Annual administration report of the Civil Veterinary Department of India - 1894-1895
Year: 1894
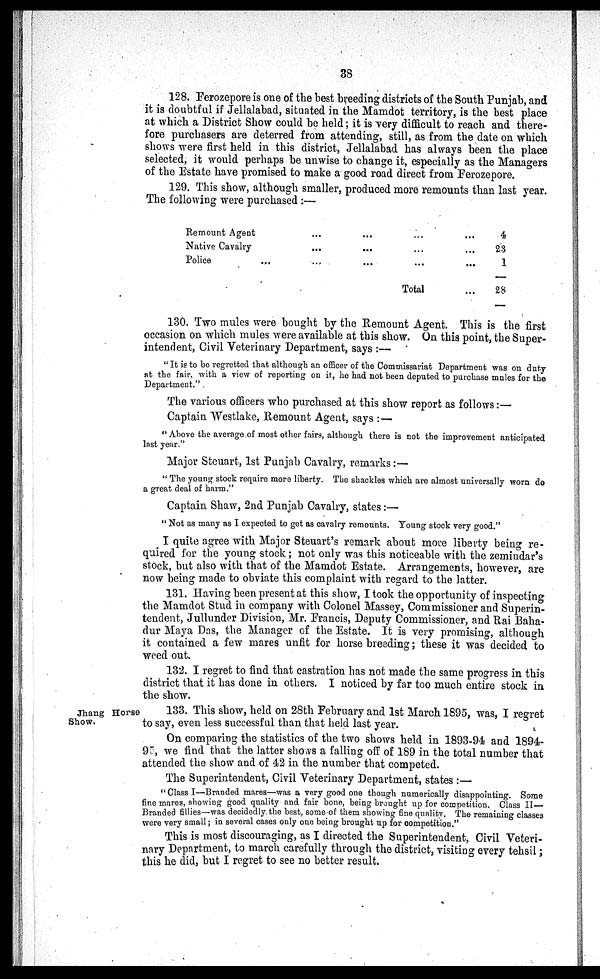
38
128. Ferozepore is one of the best breeding districts of the South Punjab, and
it is doubtful if Jellalabad, situated in the Mamdot territory, is the best place
at which a District Show could be held; it is very difficult to reach and there-
fore purchasers are deterred from attending, still, as from the date on which
shows were first held in this district, Jellalabad has always been the place
selected, it would perhaps be unwise to change it, especially as the Managers
of the Estate have promised to make a good road direct from Ferozepore.
129. This show, although smaller, produced more remounts than last year.
The following were purchased :—
Remount Agent
...
...
...
...
Native Cavalry
...
...
...
...
Police ...
...
...
...
...
Total
...
4
23
1
28
130. Two mules were bought by the Remount Agent. This is the first
occasion on which mules were available at this show. On this point, the Super-
intendent, Civil Veterinary Department, says :—
"It is to be regretted that although an officer of the Commissariat Department was on duty
at the fair, with a view of reporting on it, he had not been deputed to purchase mules for the
Department."
The various officers who purchased at this show report as follows :—
Captain Westlake, Remount Agent, says : —
"Above the average of most other fairs, although there is not the improvement anticipated
last year."
Major Steuart, 1st Punjab Cavalry, remarks :—
"The young stock require more liberty. The shackles which are almost universally worn do
a great deal of harm."
Captain Shaw, 2nd Punjab Cavalry, states:—
" Not as many as I expected to get as cavalry remounts. Young stock very good."
I quite agree with Major Steuart's remark about more liberty being re-
quired for the young stock; not only was this noticeable with the zemindar's
stock, but also with that of the Mamdot Estate. Arrangements, however, are
now being made to obviate this complaint with regard to the latter.
131. Having been present at this show, I took the opportunity of inspecting
the Mamdot Stud in company with Colonel Massey, Commissioner and Superin-
tendent, Jullunder Division, Mr. Francis, Deputy Commissioner, and Rai Baha-
dur Maya Das, the Manager of the Estate. It is very promising, although
it contained a few mares unfit for horse breeding; these it was decided to
weed out.
132. I regret to find that castration has not made the same progress in this
district that it has done in others. I noticed by far too much entire stock in
the show.
Jhang Horse
Show.
133. This show, held on 28th February and 1st March 1895, was, I regret
to say, even less successful than that held last year.
On comparing the statistics of the two shows held in 1893-94 and 1894-
95, we find that the latter shows a falling off of 189 in the total number that
attended the show and of 42 in the number that competed.
The Superintendent, Civil Veterinary Department, states :—
" Class I—Branded mares—was a very good one though numerically disappointing. Some
fine mares, showing good quality and fair bone, being brought up for competition. Class II—
Branded fillies—was decidedly the best, some of them showing fine quality. The remaining classes
were very small; in several cases only one being brought up for competition."
This is most discouraging, as I directed the Superintendent. Civil Veteri-
nary Department, to march carefully through the district, visiting every tehsil;
this he did, but I regret to see no better result.